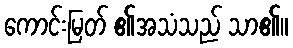
ကောင်းမြတ် ၏အသံသည် သာ၏။